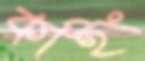
কাইং